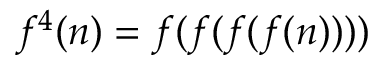
f ^ { 4 } ( n ) = f ( f ( f ( f ( n ) ) ) )